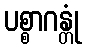
ပစ္စာဂန္တုံ